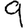
Digit: 9